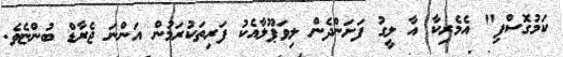
ކަމުގޮސްފި" އެމެރިކާ އާ ލީގު ފަށަންދެން ލިވަޕޫލާއެކު ފަރިތަކުރަމުން އަންނަ ޖެރާޑް ބުންޏެވެ.